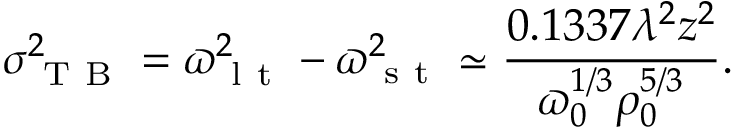
\sigma _ { \mathrm { ~ T ~ B ~ } } ^ { 2 } = \varpi _ { \mathrm { ~ l ~ t ~ } } ^ { 2 } - \varpi _ { \mathrm { ~ s ~ t ~ } } ^ { 2 } \simeq \frac { 0 . 1 3 3 7 \lambda ^ { 2 } z ^ { 2 } } { \varpi _ { 0 } ^ { 1 / 3 } \rho _ { 0 } ^ { 5 / 3 } } .